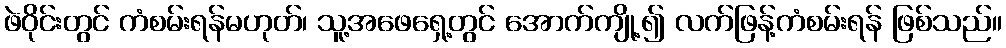
ဖဲဝိုင်းတွင် ကံစမ်းရန်မဟုတ်၊ သူ့အဖေရှေ့တွင် အောက်ကျို့၍ လက်ဖြန့်ကံစမ်းရန် ဖြစ်သည်။